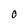
Character: 0